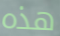
هذه